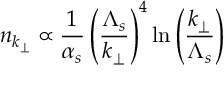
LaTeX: n _ { k _ { \perp } } \propto { \frac { 1 } { \alpha _ { s } } } \left( { \frac { \Lambda _ { s } } { k _ { \perp } } } \right) ^ { 4 } \ln \left( { \frac { k _ { \perp } } { \Lambda _ { s } } } \right)